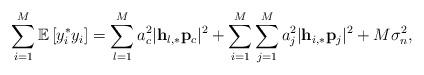
LaTeX: \begin{align*}\sum_{i=1}^{M}\mathbb{E}\left[y_i^* y_i\right]=\sum_{l=1}^M a_c^2\lvert\mathbf{h}_{l,*}\mathbf{p}_c\rvert^2+\sum_{i=1}^M\sum_{j=1}^M a_j^2\lvert\mathbf{h}_{i,*}\mathbf{p}_j\rvert^2+M\sigma_n^2,\end{align*}